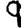
Digit: 9